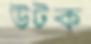
উটক